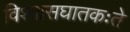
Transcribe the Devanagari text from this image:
विश्वासघातकःते